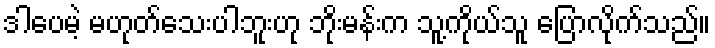
ဒါပေမဲ့ မဟုတ်သေးပါဘူးဟု ဘိုးမန်းက သူ့ကိုယ်သူ ပြောလိုက်သည်။